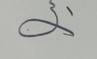
Signature authenticity: forged